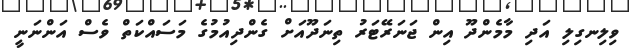
ވިލިނގިލި އަދި މާމެންދޫ އިން ޖަނަރޭޓަރު ތިނަދޫއަށް ގެންދިއުމުގެ މަސައްކަތް ވެސް އަންނަނީ